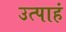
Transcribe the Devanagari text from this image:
उत्पाहं